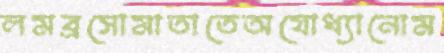
লমব্রসোমাতাতেঅযোধ্যানোম